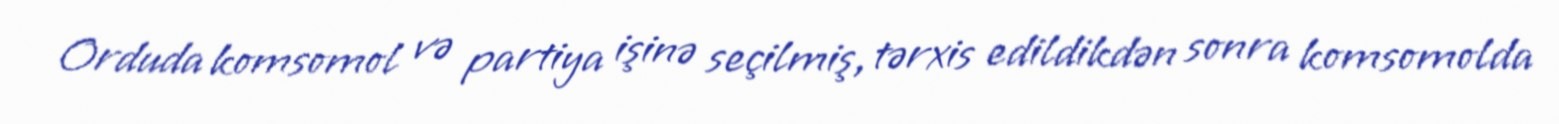
Orduda komsomol və partiya işinə seçilmiş, tərxis edildikdən sonra komsomolda